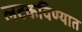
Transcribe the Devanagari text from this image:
लटकविण्यात